Summary of further report on surra
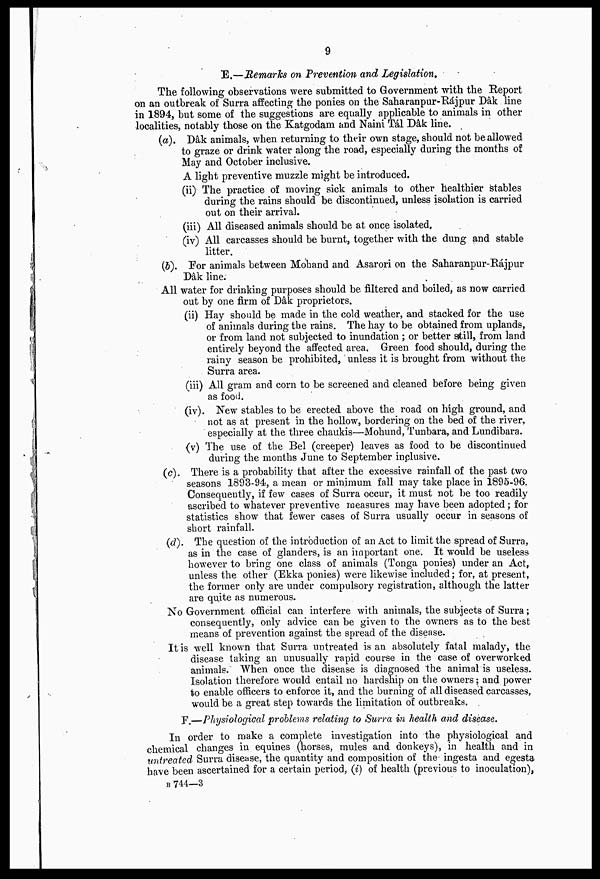
9
E.—Remarks on Prevention and Legislation.
The following observations were submitted to Government with the Report
on an outbreak of Surra affecting the ponies on theSaharanpur-Rájpur Dak line
in 1894, but some of the suggestions are equally applicable to animals in other
localities, notably those on the Katgodam and Naini Tál Dak line.
(a). Dâk animals, when returning to their own stage, should not be allowed
to graze or drink water along the road, especially during the months of
May and October inclusive.
A light preventive muzzle might be introduced.
(ii) The practice of moving sick animals to other healthier stables
during the rains should be discontinued, unless isolation is carried
out on their arrival.
(iii) All diseased animals should be at once isolated,
(iv) All carcasses should be burnt, together with the dung and stable
litter.
(b). For animals between Mohand and Asarori on the Saharanpur-Rajpur
Dak line.
All water for drinking purposes should be filtered and boiled, as now carried
out by one firm of Dak proprietors.
(ii) Hay should be made in the cold weather, and stacked for the use
of animals during the rains. The hay to be obtained from uplands,
or from land not subjected to inundation ; or better still, from land
entirely beyond the affected area. Green food should, during the
rainy season be prohibited, unless it is brought from without the
Surra area.
(iii) All gram and corn to be screened and cleaned before being given
as food.
(iv) New stables to be erected above the road on high ground, and
not as at present in the hollow, bordering on the bed of the river,
especially at the three chaukis—Mohund, Tunbara, and Lundibara.
(v) The use of the Bel (creeper) leaves as food to be discontinued
during the months June to September inclusive.
(c) There is a probability that after the excessive rainfall of the past two
seasons 1893-94, a mean or minimum fall may take place in 1895-96
Consequently, if few cases of Surra occur, it must not be too readily
ascribed to whatever preventive measures may have been adopted; for
statistics show that fewer cases of Surra usually occur in seasons of
short rainfall.
(d). The question of the introduction of an Act to limit the spread of Surra,
as in the case of glanders, is an important one. It would be useless
however to bring one class of animals (Tonga ponies) under an Act,
unless the other (Ekka ponies) were likewise included; for, at present,
the former only are under compulsory registration, although the latter
are quite as numerous.
No Government oficial can interfere with animals, the subjects of Surra;
consequently, only advice can be given to the owners as to the best
means of prevention against the spread of the disease.
It is well known that Surra untreated is an absolutely fatal malady, the
disease taking an unusually rapid course in the case of overworked
animals. When once the disease is diagnosed the animal is useless.
Isolation therefore would entail no hardship on the owners; and power
to enable officers to enforce it, and the burning of all diseased carcasses,
would be a great step towards the limitation of outbreaks.
F.—Physiological problems relating to Surra in health and disease.
In order to make a complete investigation into the physiological and
chemical changes in equines (horses, mules and donkeys), in health and in
untreated Surra disease, the quantity and composition of the ingesta and egesta
have been ascertained for a certain period, (i) of health (previous to inoculation),
B 744—3